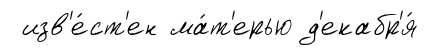
изв'е́ст'ен ма́т'ерью д'екабр'я́